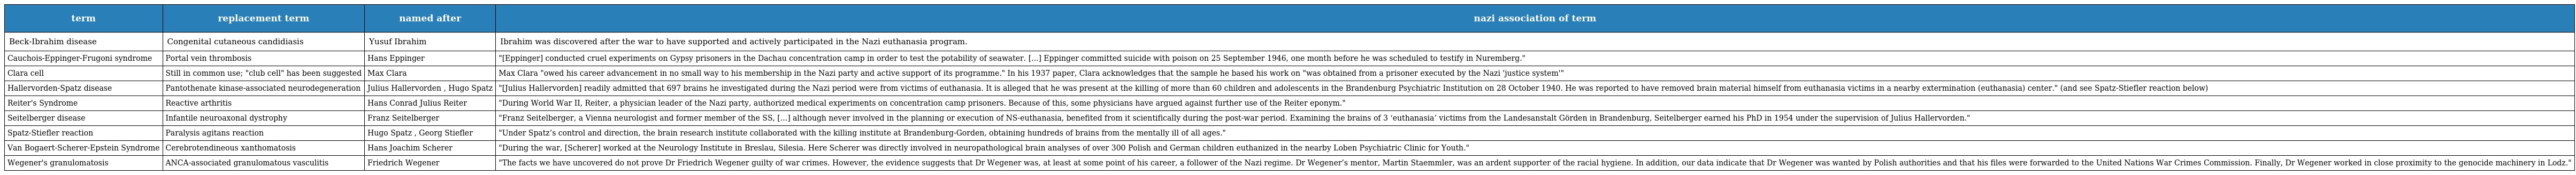
| term | replacement term | named after | nazi association of term |
 | --- | --- | --- | --- |
 | Beck-Ibrahim disease | Congenital cutaneous candidiasis | Yusuf Ibrahim | Ibrahim was discovered after the war to have supported and actively participated in the Nazi euthanasia program. |
 | Cauchois-Eppinger-Frugoni syndrome | Portal vein thrombosis | Hans Eppinger | "[Eppinger] conducted cruel experiments on Gypsy prisoners in the Dachau concentration camp in order to test the potability of seawater. [...] Eppinger committed suicide with poison on 25 September 1946, one month before he was scheduled to testify in Nuremberg." |
 | Clara cell | Still in common use; "club cell" has been suggested | Max Clara | Max Clara "owed his career advancement in no small way to his membership in the Nazi party and active support of its programme." In his 1937 paper, Clara acknowledges that the sample he based his work on "was obtained from a prisoner executed by the Nazi 'justice system'" |
 | Hallervorden-Spatz disease | Pantothenate kinase-associated neurodegeneration | Julius Hallervorden , Hugo Spatz | "[Julius Hallervorden] readily admitted that 697 brains he investigated during the Nazi period were from victims of euthanasia. It is alleged that he was present at the killing of more than 60 children and adolescents in the Brandenburg Psychiatric Institution on 28 October 1940. He was reported to have removed brain material himself from euthanasia victims in a nearby extermination (euthanasia) center." (and see Spatz-Stiefler reaction below) |
 | Reiter's Syndrome | Reactive arthritis | Hans Conrad Julius Reiter | "During World War II, Reiter, a physician leader of the Nazi party, authorized medical experiments on concentration camp prisoners. Because of this, some physicians have argued against further use of the Reiter eponym." |
 | Seitelberger disease | Infantile neuroaxonal dystrophy | Franz Seitelberger | "Franz Seitelberger, a Vienna neurologist and former member of the SS, [...] although never involved in the planning or execution of NS-euthanasia, benefited from it scientifically during the post-war period. Examining the brains of 3 ‘euthanasia’ victims from the Landesanstalt Görden in Brandenburg, Seitelberger earned his PhD in 1954 under the supervision of Julius Hallervorden." |
 | Spatz-Stiefler reaction | Paralysis agitans reaction | Hugo Spatz , Georg Stiefler | "Under Spatz’s control and direction, the brain research institute collaborated with the killing institute at Brandenburg-Gorden, obtaining hundreds of brains from the mentally ill of all ages." |
 | Van Bogaert-Scherer-Epstein Syndrome | Cerebrotendineous xanthomatosis | Hans Joachim Scherer | "During the war, [Scherer] worked at the Neurology Institute in Breslau, Silesia. Here Scherer was directly involved in neuropathological brain analyses of over 300 Polish and German children euthanized in the nearby Loben Psychiatric Clinic for Youth." |
 | Wegener's granulomatosis | ANCA-associated granulomatous vasculitis | Friedrich Wegener | "The facts we have uncovered do not prove Dr Friedrich Wegener guilty of war crimes. However, the evidence suggests that Dr Wegener was, at least at some point of his career, a follower of the Nazi regime. Dr Wegener’s mentor, Martin Staemmler, was an ardent supporter of the racial hygiene. In addition, our data indicate that Dr Wegener was wanted by Polish authorities and that his files were forwarded to the United Nations War Crimes Commission. Finally, Dr Wegener worked in close proximity to the genocide machinery in Lodz." |